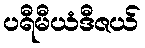
ပရီမီယံဒီဇယ်